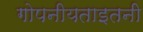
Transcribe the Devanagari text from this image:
गोपनीयताइतनी